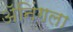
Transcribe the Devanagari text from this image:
ॲनिंगला